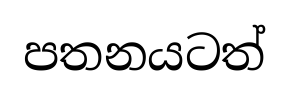
පතනයටත්